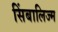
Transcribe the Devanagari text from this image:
सिंबालिज्म